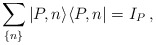
\begin{align*}\sum_{\{n\}}|P,n\rangle\langle P,n|=I_{P}\:,\end{align*}